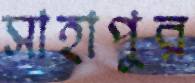
সাহাপুর